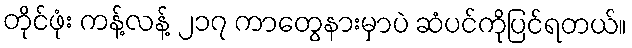
တိုင်ဖုံး ကန့်လန့် ၂၁၇ ကာတွေနားမှာပဲ ဆံပင်ကိုပြင်ရတယ်။